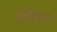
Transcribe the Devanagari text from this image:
इचिहारा